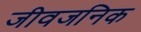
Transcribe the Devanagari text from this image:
जीवजनिक